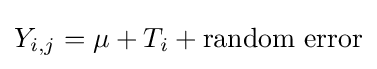
Y_{i,j}=\mu +T_{i}+\mathrm {random\ error}